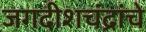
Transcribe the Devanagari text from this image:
जगदीशचंद्रांचे